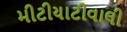
મીટીયાટીવાલી